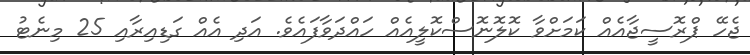
ޖެހޭ ޕްރޮސީޖާއެއް ކަމަށްވާ ކޮލޮނޮސްކޮލީއެއް ހައްދަވާފައެވެ. އަދި އެއް ގަޑިއިރާއި 25 މިނެޓު